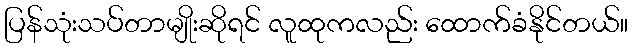
ပြန်သုံးသပ်တာမျိုးဆိုရင် လူထုကလည်း ထောက်ခံနိုင်တယ်။